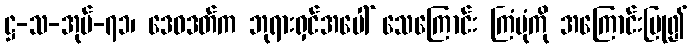
ဋ္ဌ-သ-အုပ်-၇၁၊ ဒေဝဒတ်က ဘုရားရှင်အပေါ် သေကြောင်း ကြံပုံကို အကြောင်းပြု၍